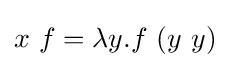
x\ f=\lambda y.f\ (y\ y)